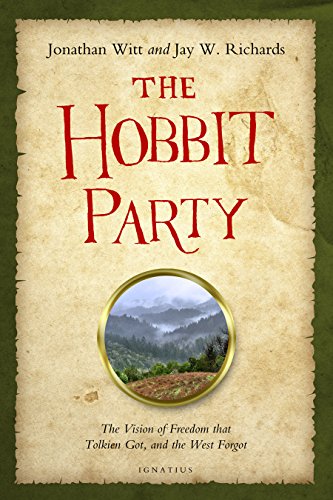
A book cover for The Hobbit Party: The Vision of Freedom That Tolkien Got, and the West Forgot; Jay Richards; Science Fiction & Fantasy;